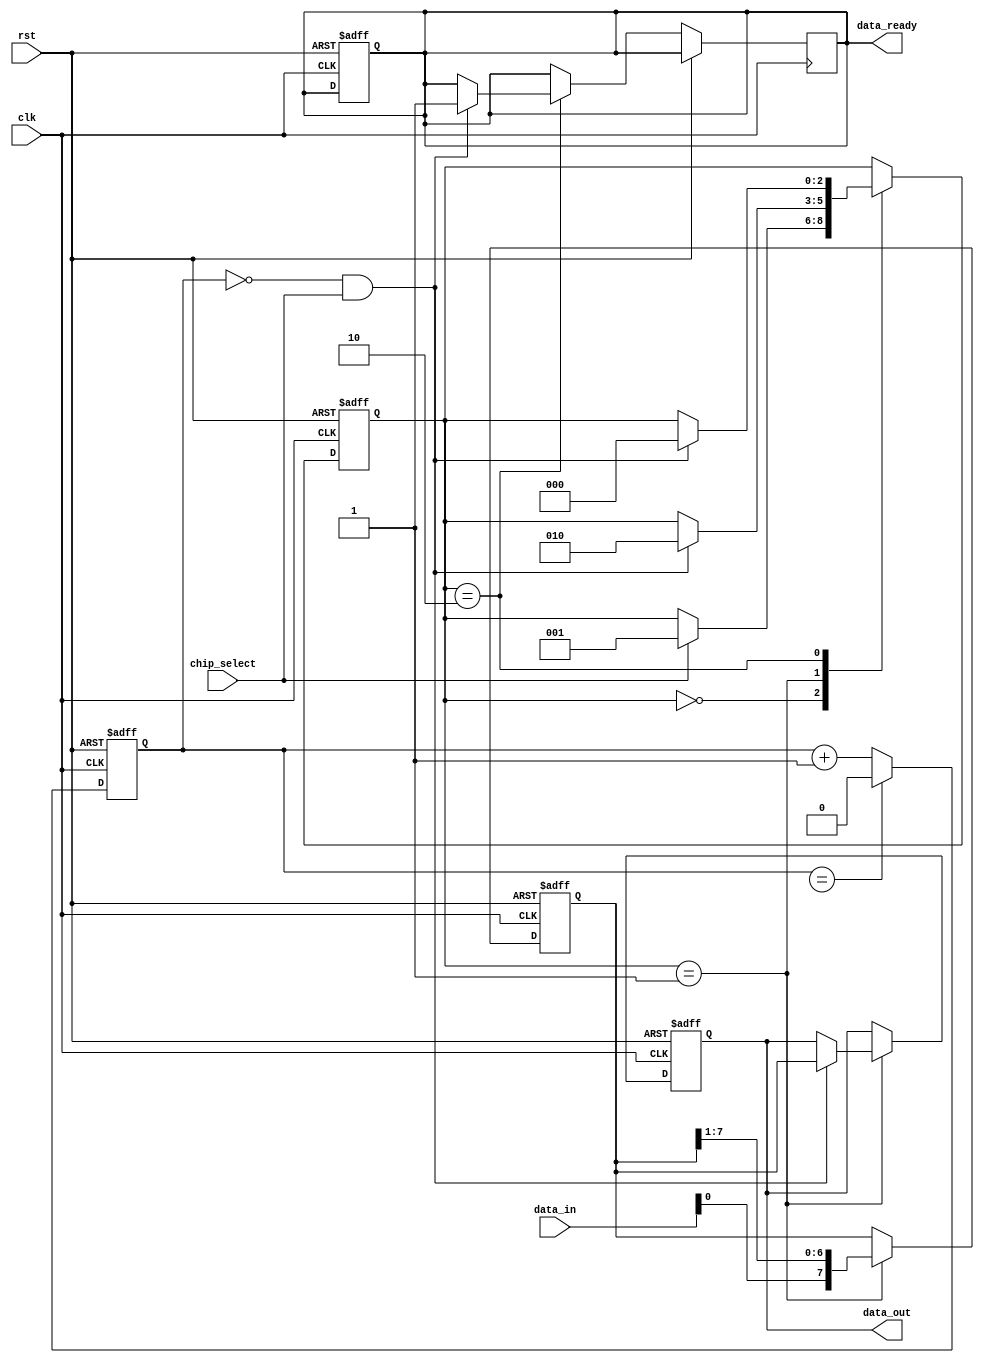
module SPI_Master (
    input wire clk,
    input wire rst,
    input wire chip_select,
    input wire [7:0] data_in,
    output reg [7:0] data_out,
    output reg data_ready
);

// Register declarations
reg [7:0] shift_register;
reg [2:0] state;
reg clk_divider;
reg [3:0] data_width;
reg [6:0] clk_period;
reg ck_polarity;
reg ck_phase;

// Parameter declarations
parameter DATA_WIDTH = 8;
parameter DEFAULT_CLK_PERIOD = 4;
parameter DEFAULT_DATA_WIDTH = 3'b011;
parameter DEFAULT_CK_POLARITY = 1'b0;
parameter DEFAULT_CK_PHASE = 1'b0;

// State machine states
parameter S_IDLE = 3'b000;
parameter S_TRANSMIT = 3'b001;
parameter S_RECEIVE = 3'b010;

// Clock and Chip Select generation
always @(posedge clk or posedge rst)
begin
    if (rst) begin
        clk_divider <= 0;
        data_ready <= 0;
    end else begin
        if (clk_divider == clk_period) begin
            clk_divider <= 0;
        end else begin
            clk_divider <= clk_divider + 1;
        end
    end
end

// Data transmission and reception logic
always @(posedge clk or posedge rst)
begin
    if (rst) begin
        state <= S_IDLE;
        shift_register <= 8'h00;
        data_out <= 8'h00;
    end else begin
        case(state)
            S_IDLE: begin
                if (chip_select == 1) begin
                    state <= S_TRANSMIT;
                end
            end
            S_TRANSMIT: begin
                shift_register <= {data_in, shift_register[7:1]};
                if (clk_divider == 0 && chip_select == 1) begin
                    data_out <= shift_register[7:0];
                    state <= S_RECEIVE;
                end
            end
            S_RECEIVE: begin
                if (clk_divider == 0 && chip_select == 1) begin
                    data_ready <= 1;
                    state <= S_IDLE;
                end
            end
        endcase
    end
end

endmodule